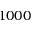
1 0 0 0